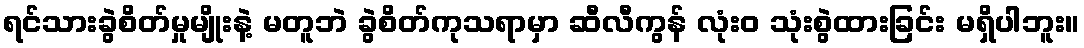
ရင်သားခွဲစိတ်မှုမျိုးနဲ့ မတူဘဲ ခွဲစိတ်ကုသရာမှာ ဆီလီကွန် လုံးဝ သုံးစွဲထားခြင်း မရှိပါဘူး။